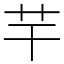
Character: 芉